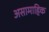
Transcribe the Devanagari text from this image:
असामाहिक